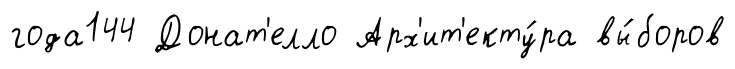
года144 Донат'елло Арх'ит'екту́ра вы́боров